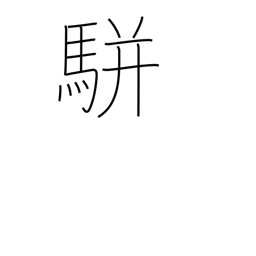
Meaning: two-horse carriage